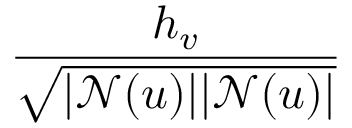
\frac { h _ { v } } { \sqrt { | \mathcal { N } ( u ) | | \mathcal { N } ( u ) | } }